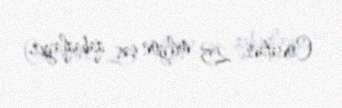
Conatanı 25 milyon səs qabaqlayır.